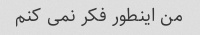
من اینطور فکر نمی کنم